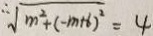
\sqrt { m ^ { 2 } + ( - m + 6 ) ^ { 2 } } = 4